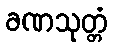
ခဏသုတ္တံ